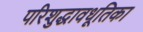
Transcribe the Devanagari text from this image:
परिशुद्धावधूतिका